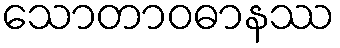
သောတာဝဓာနဿ